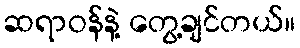
ဆရာဝန်နဲ့ တွေ့ချင်တယ်။